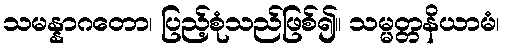
သမန္နာဂတော၊ ပြည့်စုံသည်ဖြစ်၍။ သမ္မတ္တနိယာမံ၊